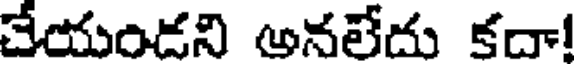
చేయండని అనలేదు కదా!